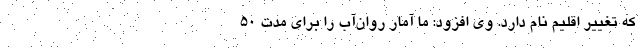
که تغییر اقلیم نام دارد. وی افزود: ما آمار روان‌آب را برای مدت 50